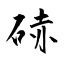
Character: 硳